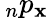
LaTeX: \, _{n}p_{\mathbf{x}}